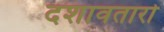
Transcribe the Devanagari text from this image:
दशावतारो